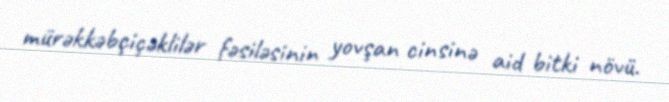
mürəkkəbçiçəklilər fəsiləsinin yovşan cinsinə aid bitki növü.